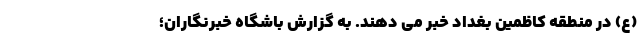
(ع) در منطقه کاظمین بغداد خبر می دهند. به گزارش باشگاه خبرنگاران؛